Leaving Certificate Examination, 1919
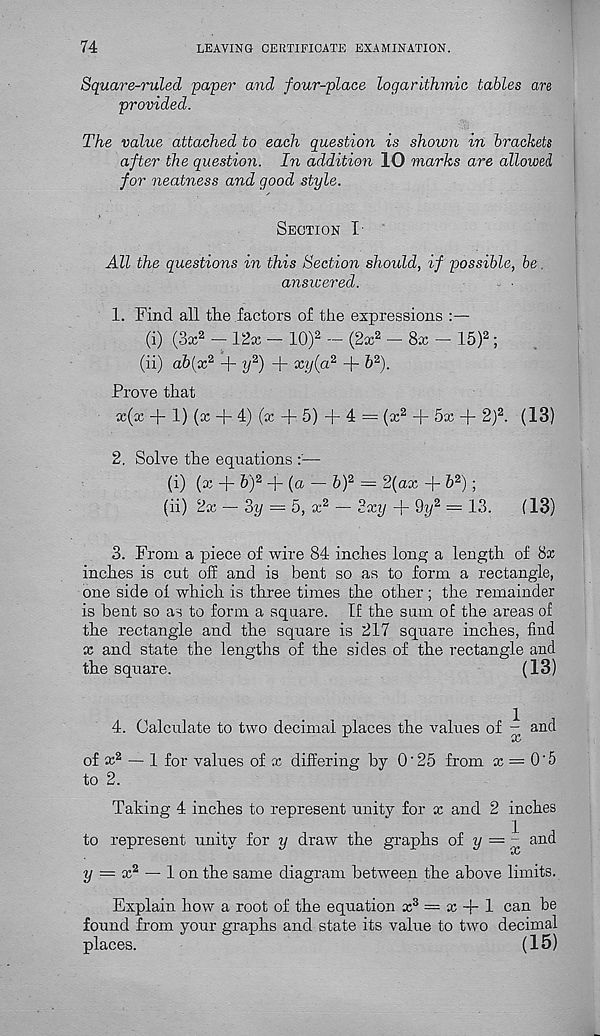
74
LEAVING CERTIFICATE EXAMINATION.
Square-ruled 'paper and four-place logarithmic tables are
provided.
The value attached to each question is shown in brackets
after the question. In addition 10 marks are allowed
for neatness and good style.
Section I
All the questions in this Section should, if possible, be
answered.
1. Find all the factors of the expressions :—
(i) (3x 2 - 12x - 10) 2 - (2x 2 - 8x - 15) 2 ;
(ii) a&(x 2 + y z ) + xy(a 2 + & 2 ).
Prove that
x(x + 1) (x + 4) (x + 5) + 4 = (x 2 + 5x + 2) 2 . (13)
2. Solve the equations —
(i) (x + Z>) 2 + (a — b) 2 = 2{ax + b 2 );
(ii) 2x — 3y — 5, x 2 — 2xy + % 2 = 13.
(13)
3. From a piece of wire 84 inches long a length of 8x
inches is cut off and is bent so as to form a rectangle,
one side ol which is three times the other; the remainder
is bent so as to form a square. If the sum of the areas of
the rectangle and the square is 217 square inches, find
x and state the lengths of the sides of the rectangle and
the square.
(13)
4. Calculate to two decimal places the values of - and
of x 2 — 1 for values of x differing by O'25 from x = 0'5
to 2.
Taking 4 inches to represent unity for x and 2 inches
to represent unity for y draw the graphs of y = - and
y = x 2 —-1 on the same diagram between the above limits.
Explain how a root of the equation x 3 — x + 1 can be
found from your graphs and state its value to two decimal
places.
(15)